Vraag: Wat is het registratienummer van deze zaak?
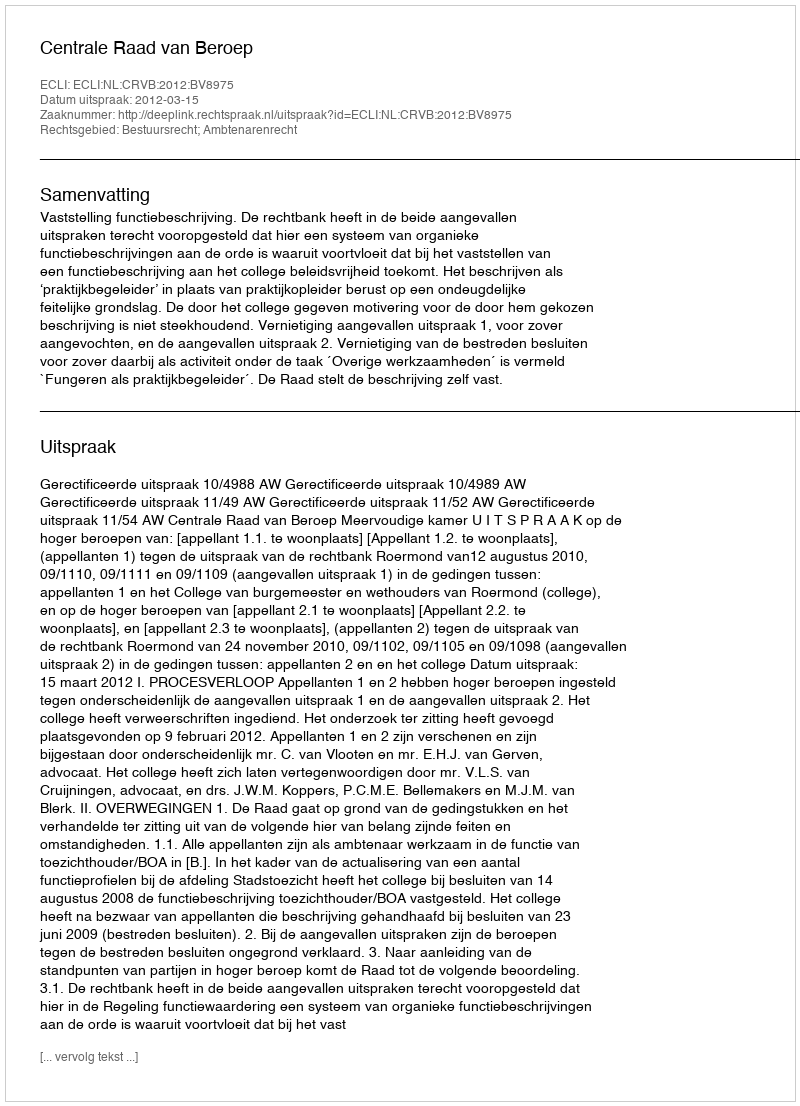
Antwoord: http://deeplink.rechtspraak.nl/uitspraak?id=ECLI:NL:CRVB:2012:BV8975